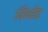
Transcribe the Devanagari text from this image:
वियोट